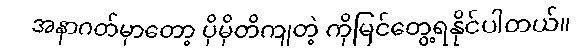
အနာဂတ်မှာတော့ ပိုမိုတိကျတဲ့ ကိုမြင်တွေ့ရနိုင်ပါတယ်။